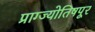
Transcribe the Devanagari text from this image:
प्राग्ज्योतिषपूर